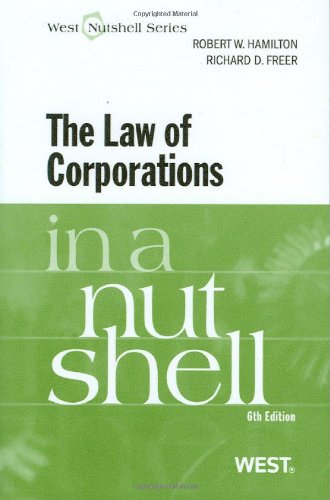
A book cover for The Law of Corporations in a Nutshell; Robert Hamilton; Law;